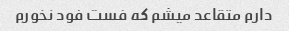
دارم متقاعد میشم که فست فود نخورم